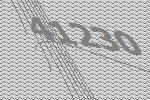
41230